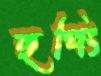
হুপিং